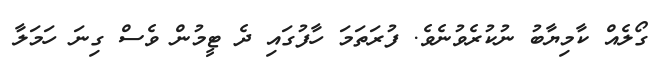
ގޯލެއް ކާމިޔާބު ނުކުރެވުނެވެ. ފުރަތަމަ ހާފުގައި ދެ ޓީމުން ވެސް ގިނަ ހަމަލާ